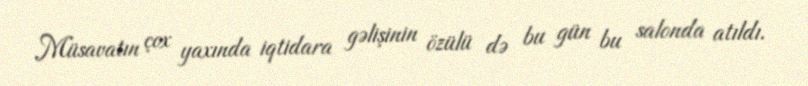
Müsavatın çox yaxında iqtidara gəlişinin özülü də bu gün bu salonda atıldı.